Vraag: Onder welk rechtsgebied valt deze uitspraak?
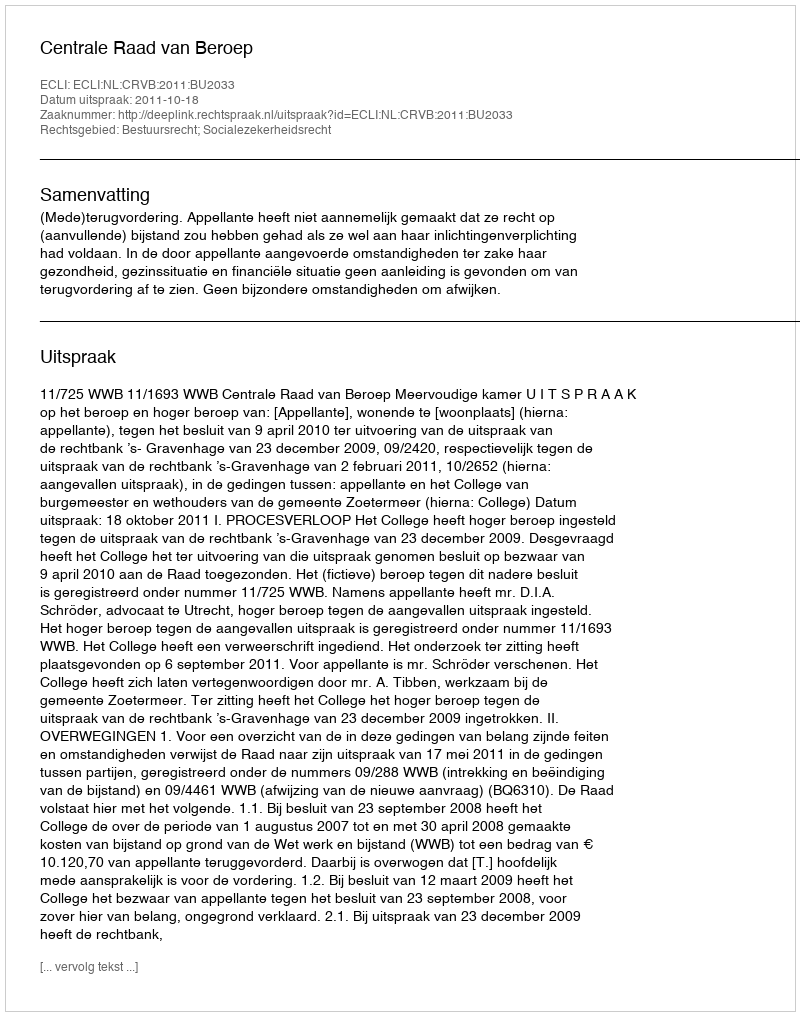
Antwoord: Bestuursrecht; Socialezekerheidsrecht